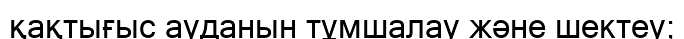
қақтығыс ауданын тұмшалау және шектеу;